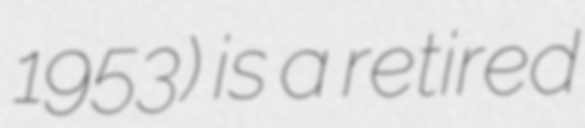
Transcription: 1953) is a retired